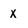
Character: x